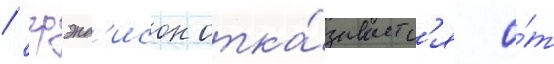
/ грэнд'исон отка́зываетс'я о́т